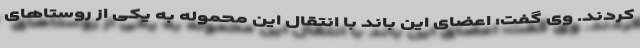
کردند. وی گفت: اعضای این باند با انتقال این محموله به یکی از روستاهای